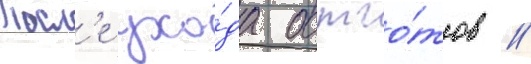
Посл'е ухо́да остго́тов //